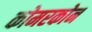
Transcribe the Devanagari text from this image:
कोमरकोन